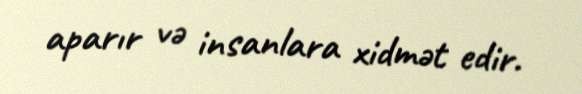
aparır və insanlara xidmət edir.